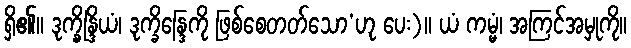
ရှိ၏။ ဒုက္ခ္ခိန္ဒြိယံ၊ ဒုက္ခိန္ဒြေကို ဖြစ်စေတတ်သော’ဟု ပေး)။ ယံ ကမ္မံ၊ အကြင်အမှုကို။